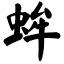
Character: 蛑